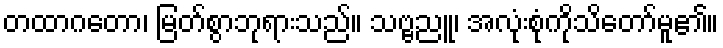
တထာဂတော၊ မြတ်စွာဘုရားသည်။ သဗ္ဗညူ၊ အလုံးစုံကိုသိတော်မူ၏။